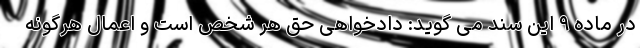
در ماده ۹ این سند می گوید: دادخواهی حق هر شخص است و اعمال هرگونه